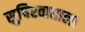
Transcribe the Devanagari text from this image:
सुषिरवाद्याला